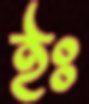
ইঃ